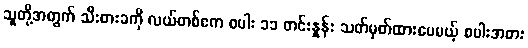
သူတို့အတွက် သီးစားခကို လယ်တစ်ဧက စပါး ၁၁ တင်းနှုန်း သတ်မှတ်ထားပေမယ့် စပါးအစား